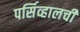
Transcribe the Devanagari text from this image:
पर्सिव्हालची